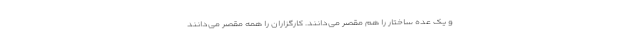
و یک عده ساختار را هم مقصر می‌دانند. کارگزاران را همه مقصر می‌دانند